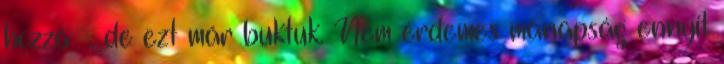
hozzá , de ezt már buktuk. Nem érdemes manapság ennyit